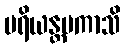
ပရိယန္တမကာသိ